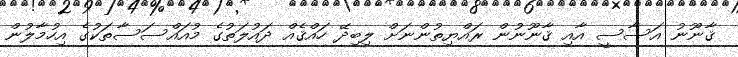
ޤާނޫނު އަސާސީ އާއި ޤާނޫނުން ރައްޔިތުންނަށް ލިބިދޭ ހައްޤެއް ދައުލަތުގެ މުއައްސަސާތަކުގެ އިހުމާލުން